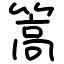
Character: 篙